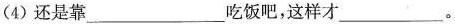
(4)还是靠___吃饭吧，这样才___